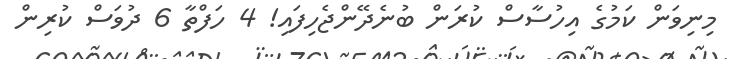
މިނިވަން ކަމުގެ އިހުސާސް ކުރަން ބުނެދޭންޖެހިފައި! 4 ހަފްތާ 6 ދުވަސް ކުރިން